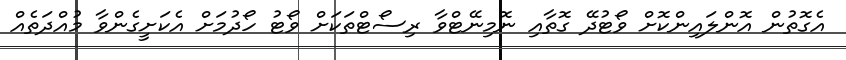
އެގޮތުން އޮންލައިންކޮށް ވޯޓުދޭ ގޮތާއި ނޮމިނޭޓްވާ ރިސޯޓްތަކަށް ވޯޓު ހޯދުމަށް އެކަށީގެންވާ މުއްދަތެއް